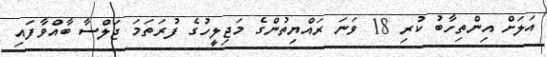
އަލަށް އިންތިހާބު ކުރި 18 ވަނަ ރައްޔިތުންގެ މަޖިލީހުގެ ފުރަތަމަ ޖަލްސާ ބާއްވާފައި